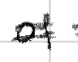
Text: of
Cross-out: double-line
Writing tool: digital_black